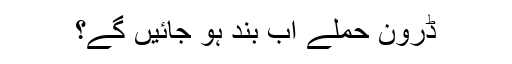
ڈرون حملے اب بند ہو جائیں گے؟